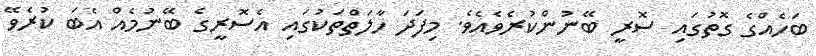
ބަހެއްގެ ގޮތުގައި ސޮރީ ބޭނުންކުރެވެއެވެ. މިފަދަ ހާލަތްތަކުގައި އެސޮރީގެ ބޭނުމެއް އެބަ ކުރެވޭ